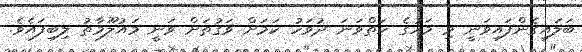
ބަލައިގެންފައިވަނީ މި މަހުގެ ހަތްވަނަ ދުވަހު ކަމަށް ވަގުތަށް ވަނީ މައުލޫމާތު ލިބިފައެވެ.